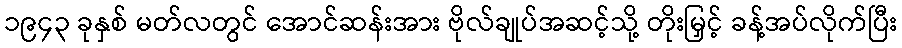
၁၉၄၃ ခုနှစ် မတ်လတွင် အောင်ဆန်းအား ဗိုလ်ချုပ်အဆင့်သို့ တိုးမြှင့် ခန့်အပ်လိုက်ပြီး